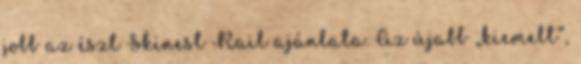
jobb az észt Skinest Rail ajánlata. Az újabb „kiemelt”,